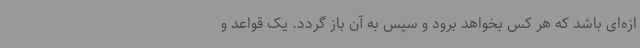
ازه‌ای باشد که هر کس بخواهد برود و سپس به آن باز گردد. یک قواعد و